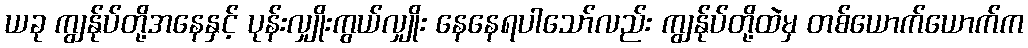
ယခု ကျွန်ုပ်တို့အနေနှင့် ပုန်းလျှိုးကွယ်လျှိုး နေနေရပါသော်လည်း ကျွန်ုပ်တို့ထဲမှ တစ်ယောက်ယောက်က